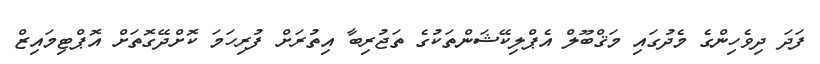
ފަދަ ދިވެހިންގެ މެދުގައި މަޤްބޫލް އެޕްލިކޭޝަންތަކުގެ ތަޖުރިބާ އިތުރަށް ފުރިހަމަ ކޮށްދޭގޮތަށް އޮޕްޓިމައިޒް